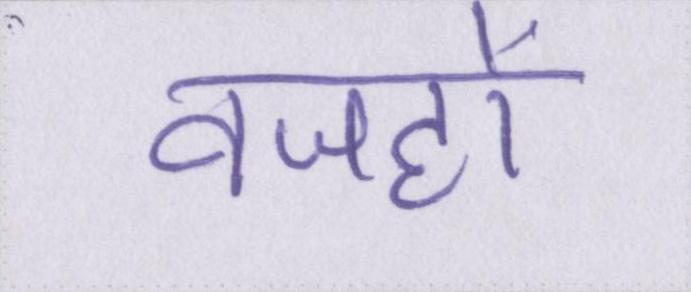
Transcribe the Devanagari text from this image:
वजहों